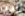
يجب